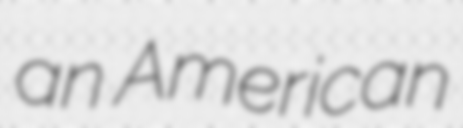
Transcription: an American